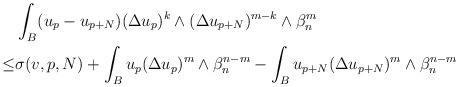
LaTeX: \begin{align*} \begin{aligned} &\int_{B}(u_p-u_{p+N})(\Delta u_p)^k\wedge(\Delta u_{p+N})^{m-k}\wedge\beta_n^m \\\leq & \sigma(v,p, N)+\int_B u_p(\Delta u_p)^m\wedge\beta_n^{n-m}-\int_B u_{p+N}(\Delta u_{p+N})^m\wedge\beta_n^{n-m}\end{aligned} \end{align*}